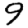
Digit: 9